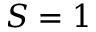
S = 1